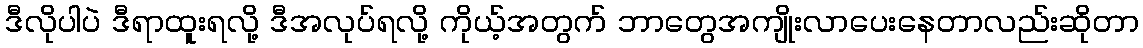
ဒီလိုပါပဲ ဒီရာထူးရလို့ ဒီအလုပ်ရလို့ ကိုယ့်အတွက် ဘာတွေအကျိုးလာပေးနေတာလည်းဆိုတာ